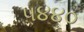
૫૪૪૦